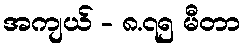
အကျယ် - ၈.၇၅ မီတာ